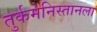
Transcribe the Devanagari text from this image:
तुर्कमेनिस्तानला